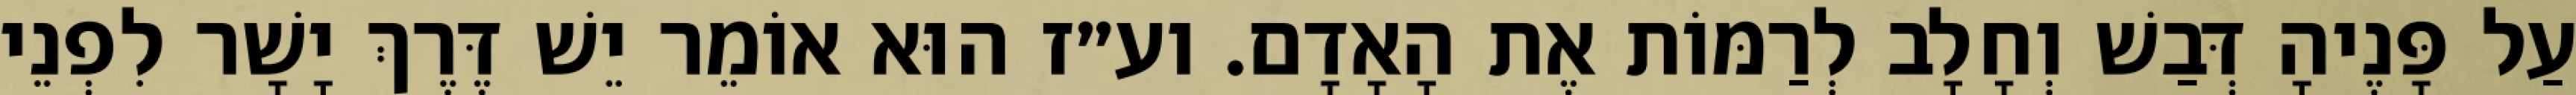
עַל פָּנֶיהָ דְּבַשׁ וְחָלָב לְרַמּוֹת אֶת הָאָדָם. וע״ז הוּא אוֹמֵר יֵשׁ דֶּרֶךְ יָשָׁר לִפְנֵי